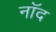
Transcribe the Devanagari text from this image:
नॉद